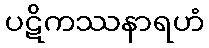
ပဋိကဿနာရဟံ